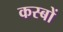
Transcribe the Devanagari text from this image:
कस्‍बों